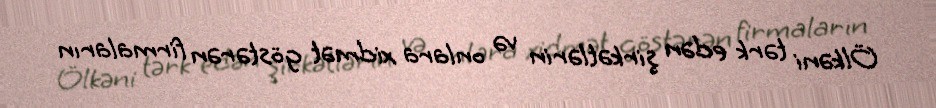
Ölkəni tərk edən şirkətlərin və onlara xidmət göstərən firmaların